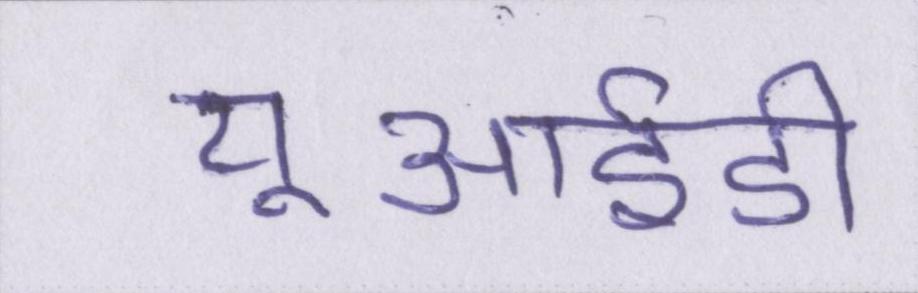
यूआईडी